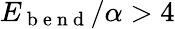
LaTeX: E_{\mathrm{~b~e~n~d~}}/\alpha>4